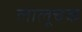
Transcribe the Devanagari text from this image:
लालूचक